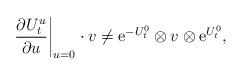
LaTeX: \begin{align*}\left.\frac{\partial U_{t}^{u}}{\partial u}\right|_{u=0}\cdot v\neq{\rm e}^{-U_{t}^{0}}\otimes v\otimes{\rm e}^{U_{t}^{0}},\end{align*}